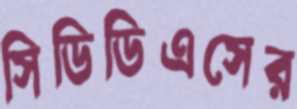
সিডিডিএসের